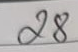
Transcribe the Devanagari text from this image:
२४